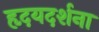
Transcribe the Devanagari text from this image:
हृदयदर्शना